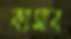
ক্যাসাব